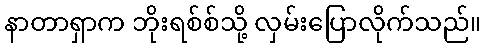
နာတာရှာက ဘိုးရစ်စ်သို့ လှမ်းပြောလိုက်သည်။